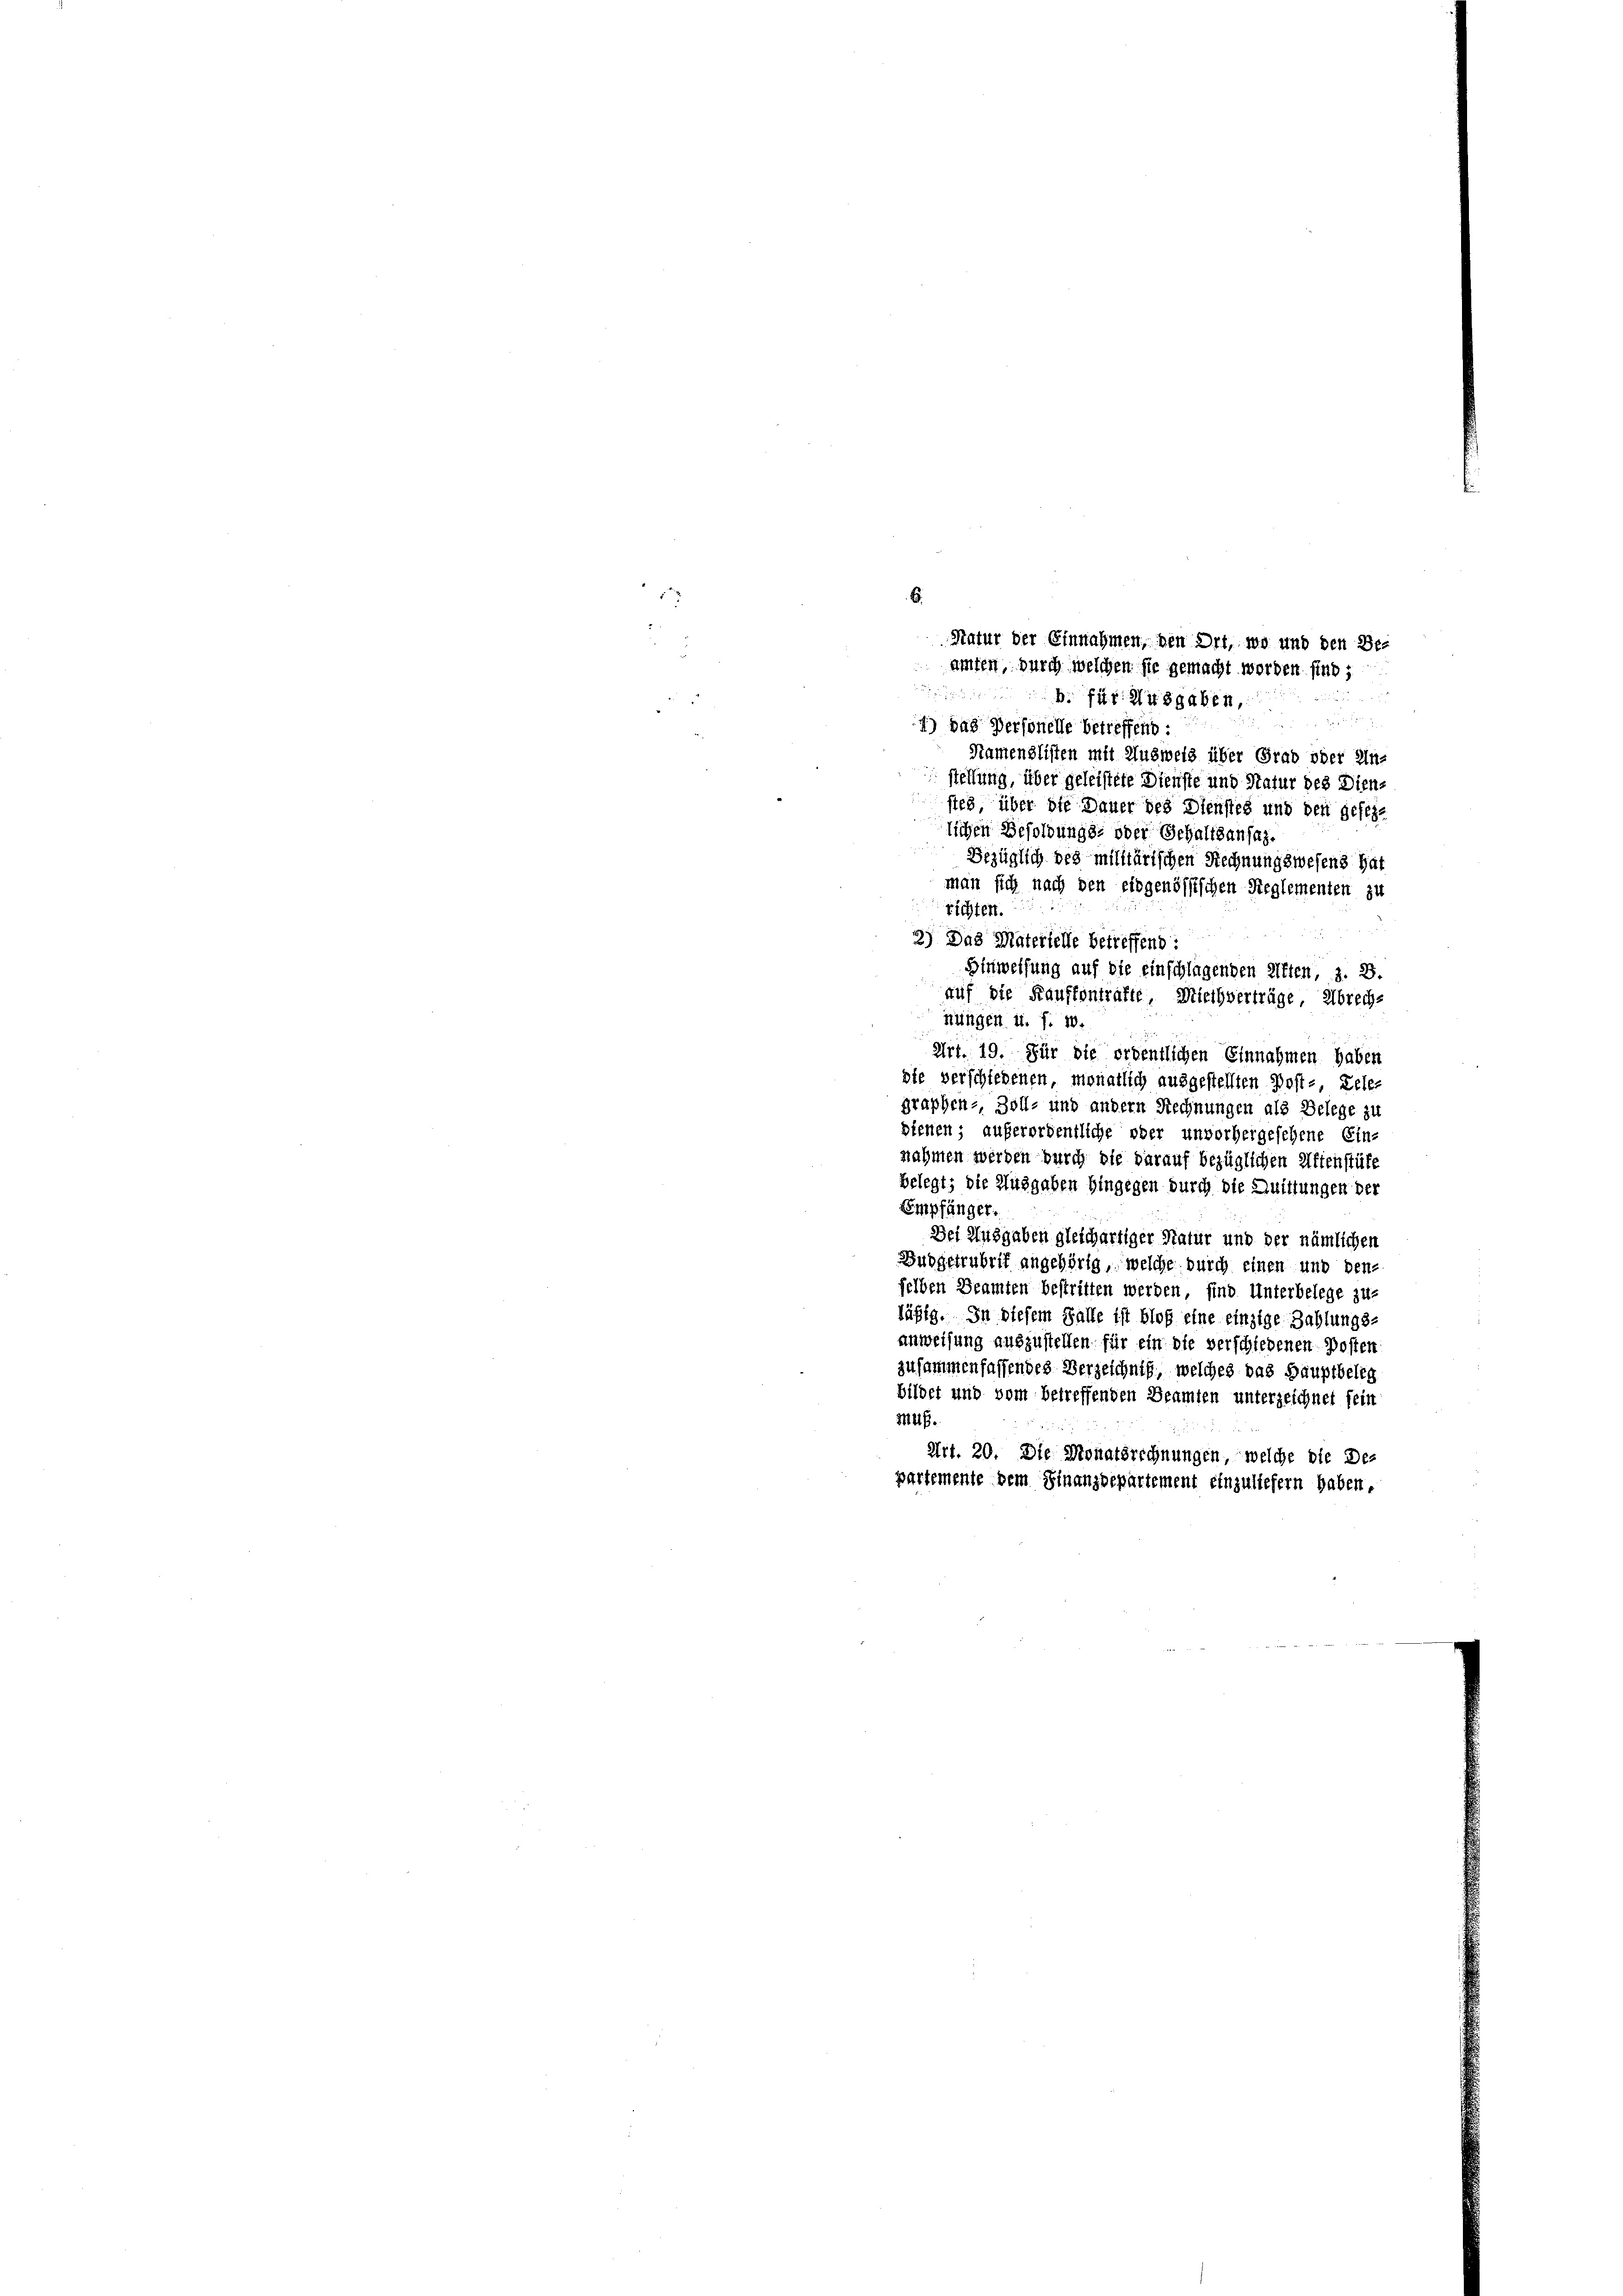
gen

4) das Personelle betreffend :
Namenzlisten mit Ausweis über Grad oder Un-
stellung, über geleistete Dienste und Statur des Diensteg über die Dauer des Dienstes und den gefehlichen Besoldungs- oder Schaltsansaz.
Bezüglich des militärischen Rechnungswesens hat
man sich nach den eidgenössischen Reglementen zu
richten.
2) Das Materielle betreffend :
Hinweisung auf die einschlagenden Kiften, z. B.
auf die Kauffontrafte, Miethverträge, Abrechnungen u. s. w.
Art. 19. Für die ordentlichen Einnahmen haben
die verschiedenen, monatlich ausgestellten Post-, Lele-
graphen- Zoll- und andern Rechnungen als Belege zu
dienen; außerordentliche oder unvorhergesehene Ein-
nahmen werden durch die darauf bezüglichen Affenstüke
belegt; die Ausgaben hingegen durch die Quittungen der
Empfänger.
Dei Ausgaben gleichartiger Natur und der nämlichen
Budgetrubrik angehörig, welche durch einen und den
felben Beamten bestritten werden, sind Unterbelege zu-
läßig. In diesem Falle ist bloß eine einzige Zahlungs-
anweisung auszustellen für ein die verschiedenen Posten
zusammenfassendes Verzeichniß, welches das Hauptbeleg
bildet und vom betreffenden Beamten unterzeichnet sein
Muß.

Art. 20. Die Monatsrechnungen, welche die De-
partemente dem Finanzdepartement einzuliefern haben.

6.
Statur der Einnahmen, den Ort, wo und den Be-
amten, durch welchen sie gemacht worden sind;